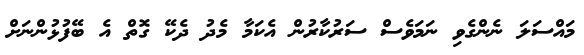
މައްސަލަ ނެންގެވި ނަމަވެސް ސަރުކާރުން އެކަމާ މެދު ދެކޭ ގޮތް އެ ބޭފުޅުންނަށް